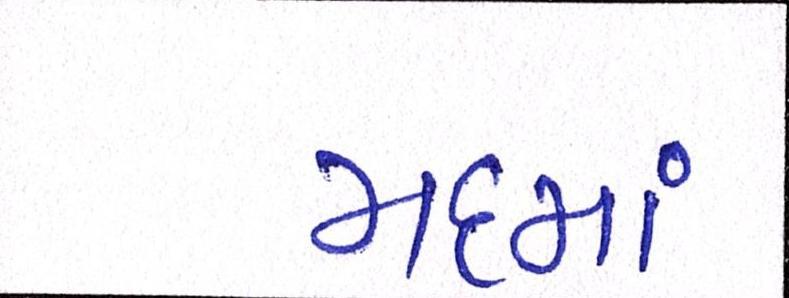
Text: મદમાં